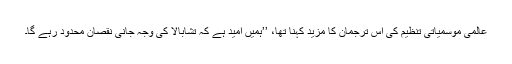
عالمی موسمیاتی تنظیم کی اس ترجمان کا مزید کہنا تھا، ’’ہمیں امید ہے کہ تشابالا کی وجہ جانی نقصان محدود رہے گا۔